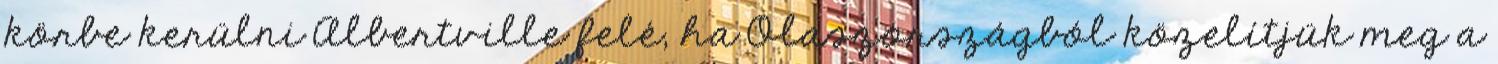
körbe kerülni Albertville felé, ha Olaszországból közelítjük meg a